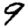
Digit: 9